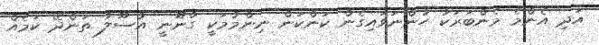
އަދި އެންމެ މެންބަރަކު ހުންނަވައިގެން ކަންކަން ނިންމުމަކީ ގާނޫނީ އުސޫލު ތަންދޭ ކަމެއް